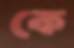
কে